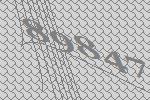
89847